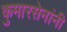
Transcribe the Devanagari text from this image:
कुमारसेनांनी